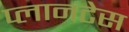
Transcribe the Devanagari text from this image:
प्लानटेस